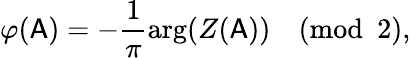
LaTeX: \varphi(\mathsf{A})=-\frac 1\pi\arg(Z(\mathsf{A}))\pmod 2,